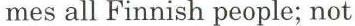
mes all Finnish people; not